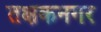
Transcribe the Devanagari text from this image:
तक्षकनगर